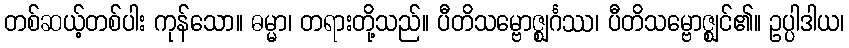
တစ်ဆယ့်တစ်ပါး ကုန်သော။ ဓမ္မာ၊ တရားတို့သည်။ ပီတိသမ္ဗောဇ္ဈင်္ဂဿ၊ ပီတိသမ္ဗောဇ္ဈင်၏။ ဥပ္ပါဒါယ၊